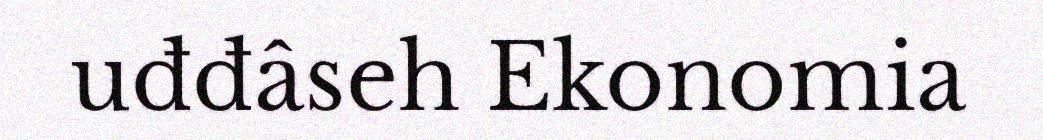
uđđâseh Ekonomia